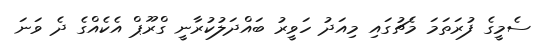
ސެމީގެ ފުރަތަމަ މެޗުގައި މިއަދު ހަވީރު ބައްދަލުކުރާނީ ގްރޫޕް އެކެއްގެ ދެ ވަނަ